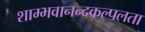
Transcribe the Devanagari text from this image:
शाम्भवानन्दकल्पलता